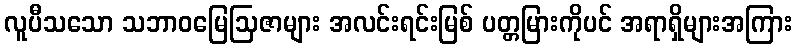
လူပီသသော သဘာဝမြေဩဇာများ အလင်းရင်းမြစ် ပတ္တမြားကိုပင် အရာရှိများအကြား